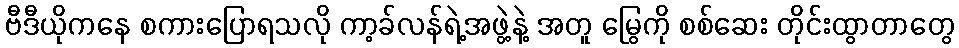
ဗီဒီယိုကနေ စကားပြောရသလို ကာ့ခ်လန်ရဲ့အဖွဲ့နဲ့ အတူ မြွေကို စစ်ဆေး တိုင်းထွာတာတွေ